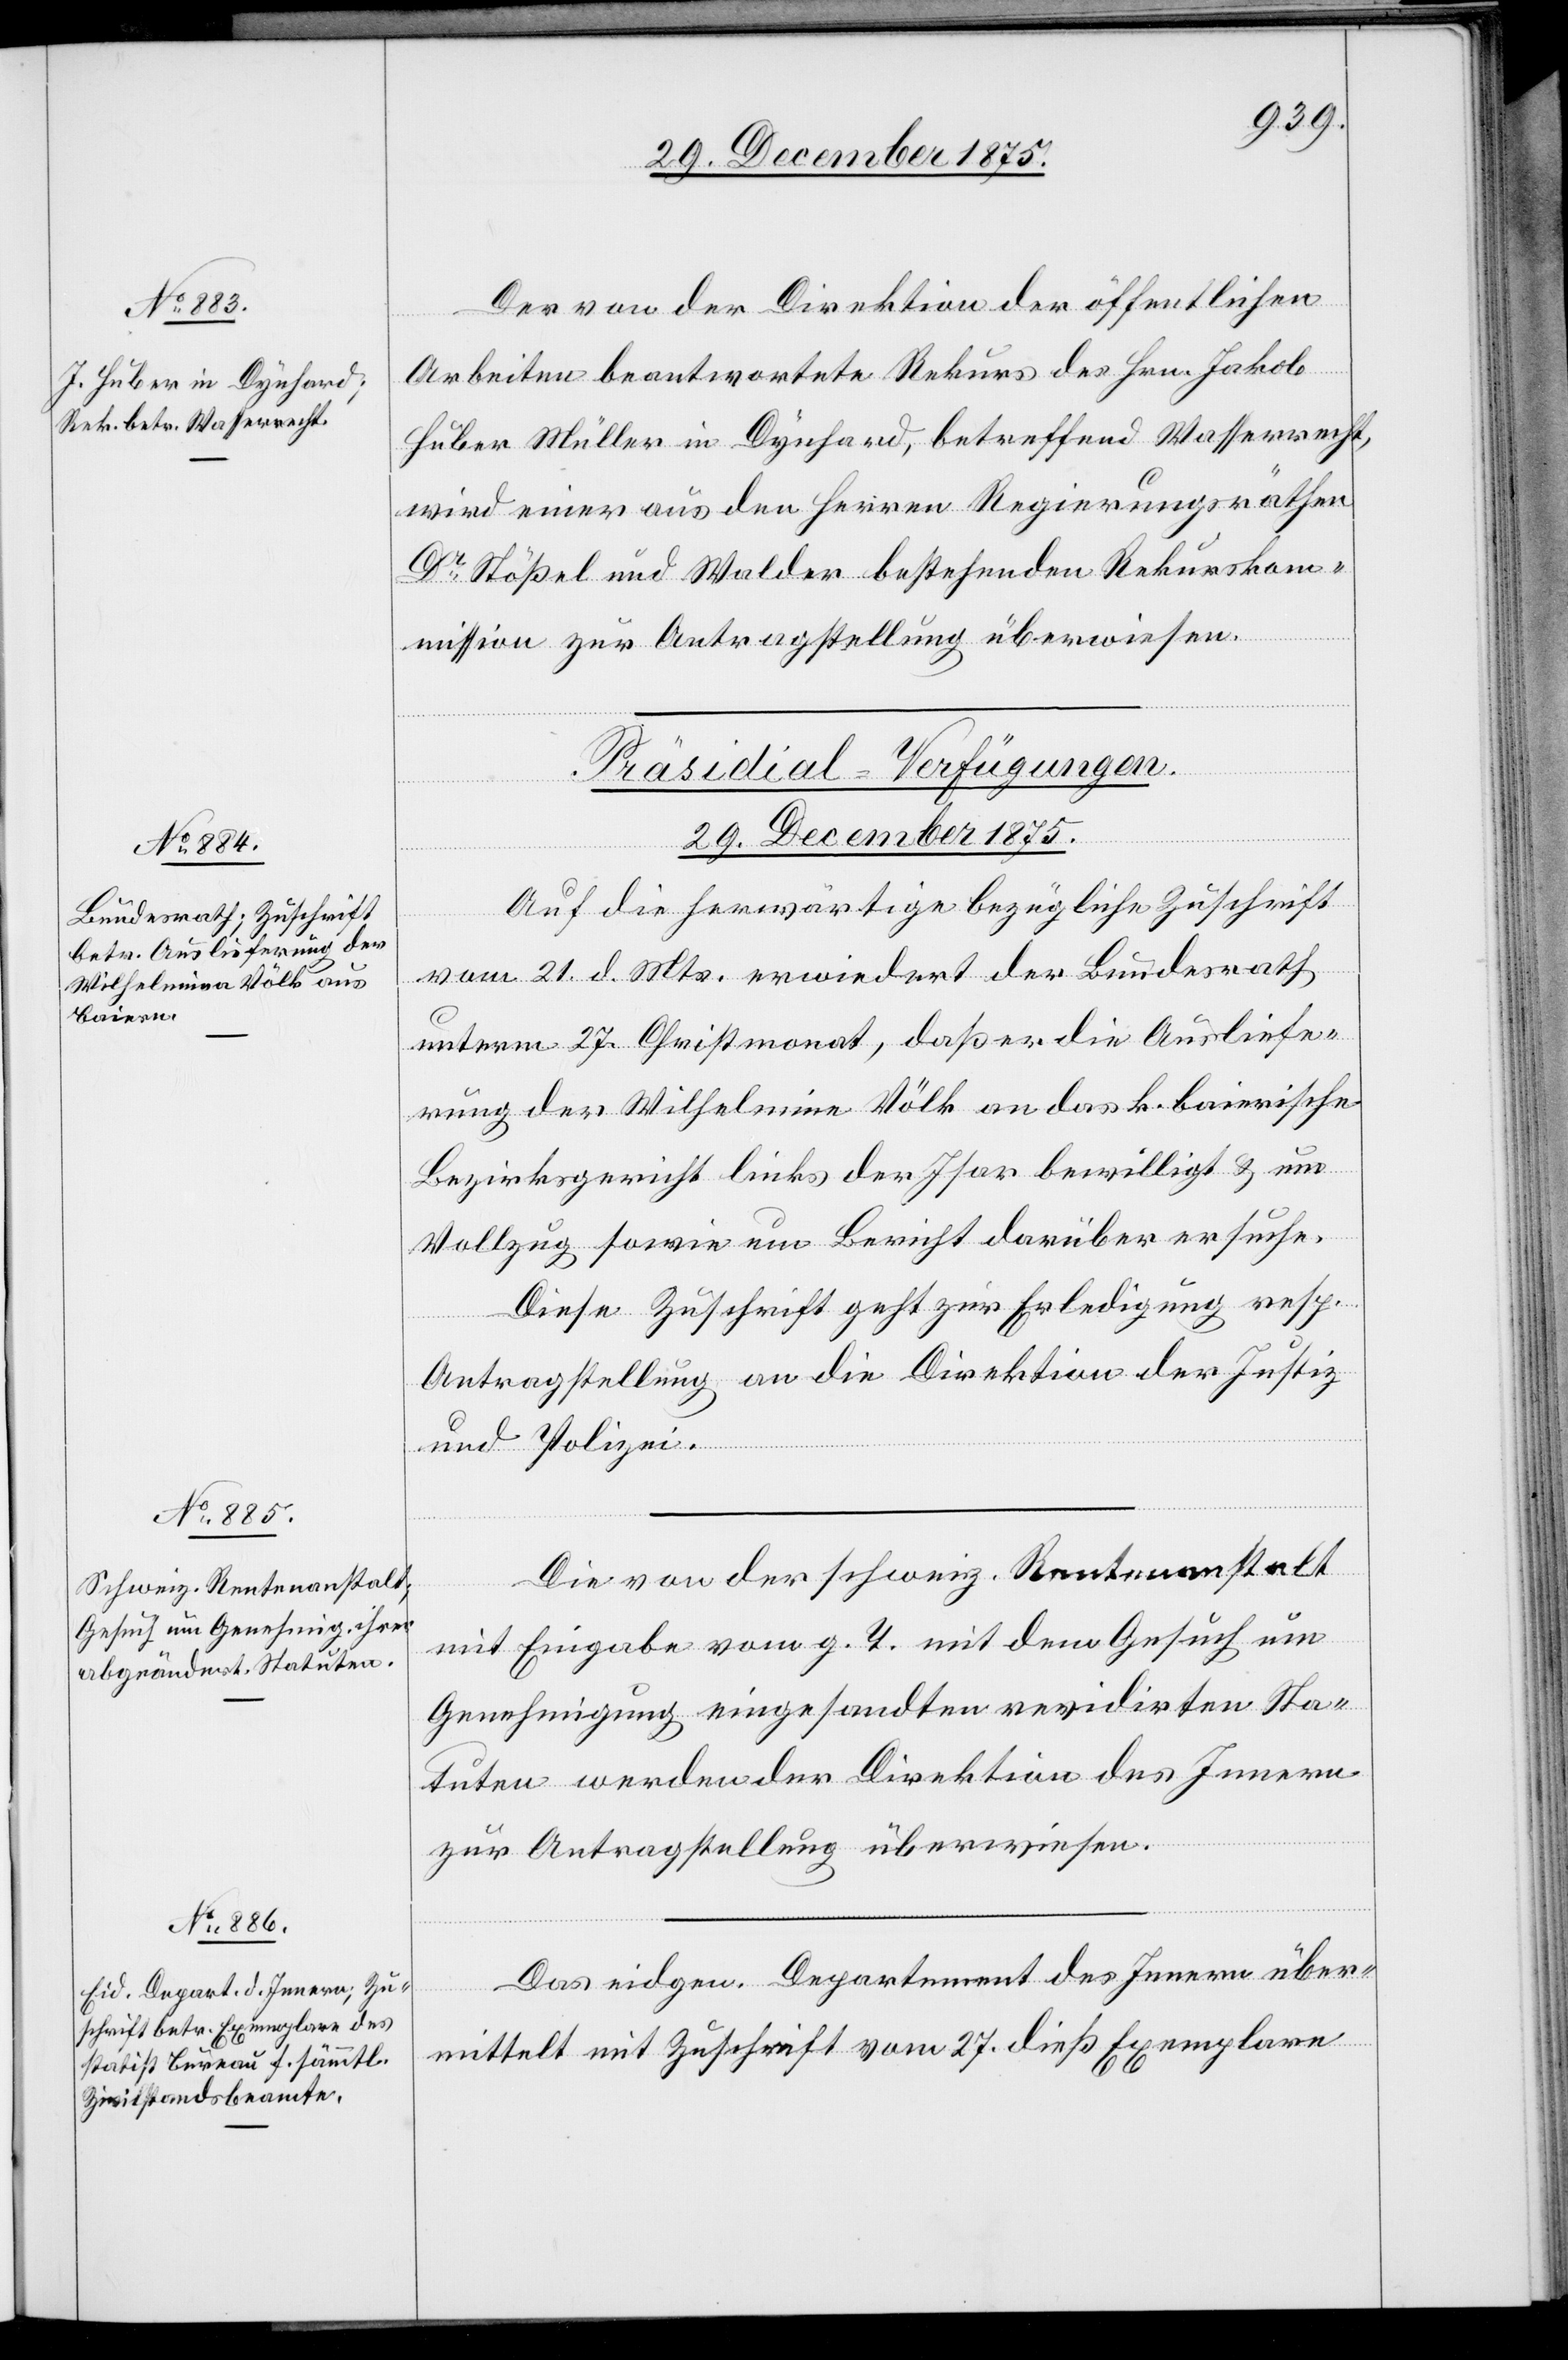
Der von der Direktion der öffentlichen
Arbeiten beantwortete Rekurs des Hrn. Jakob
Huber Müller in Dynhard, betreffend Wasserrecht,
wird einer aus den Herren Regierungsräthen
Dr Stößel und Walder bestehenden Rekurskom¬
mission zur Antragstellung überwiesen.
[Präsidial-Verfügungen.
29. December 1875.]
Auf die herwärtige bezügliche Zuschrift
vom 21. d. Mts. erwiedert der Bundesrath
unterm 27. Christmonat, daß er die Ausliefe¬
rung der Wilhelmine [sic!] Völk an das k. baierische
Bezirksgericht links der Isar bewilligt & um
Vollzug sowie um Bericht darüber ersuche.
Diese Zuschrift geht zur Erledigung resp.
Antragstellung an die Direktion der Justiz
und Polizei.
Die von der schweiz. Rentenanstalt
mit Eingabe vom g. T. mit dem Gesuch um
Genehmigung eingesandten revidirten Sta¬
tuten werden der Direktion des Innern
zur Antragstellung überwiesen.
Das eidgen. Departement des Innern über¬
mittelt mit Zuschrift vom 27. dieß Exemplare